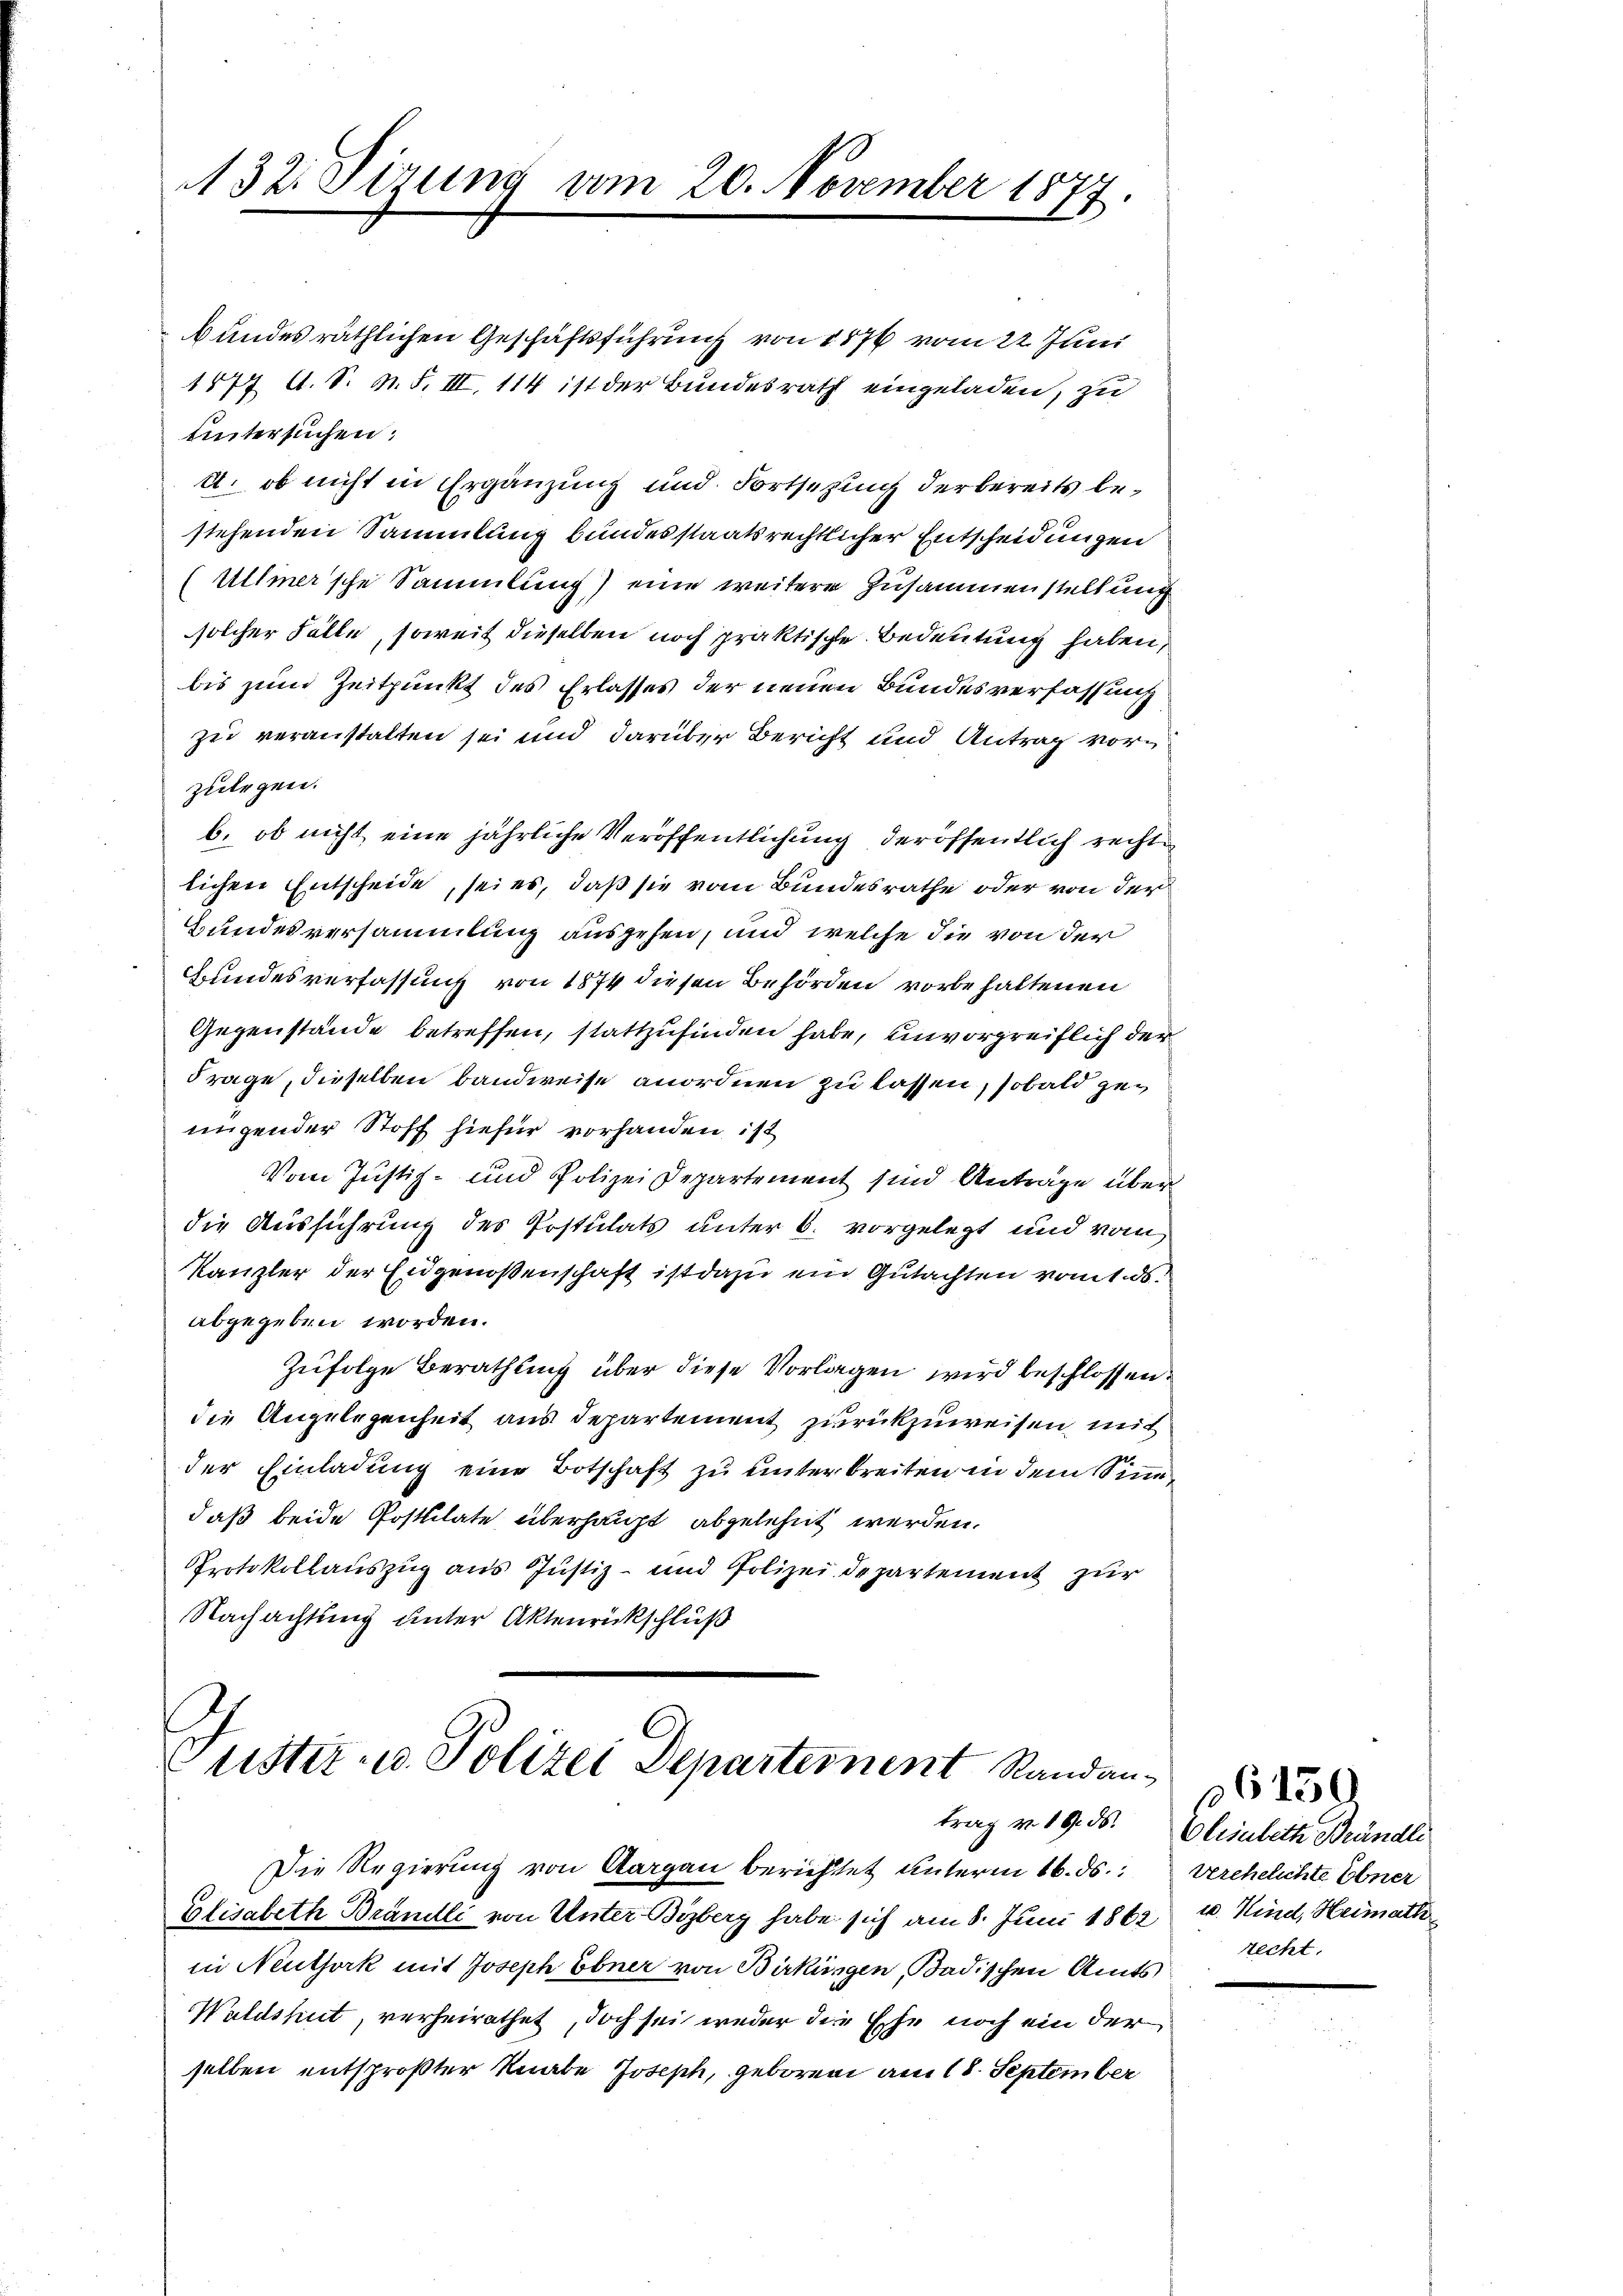
A32. Firung vom 20. November 1877

bundes räthlichen Geschäftsführung von 1876 vom 22. Juni
1877 A. S. m. F. III. 114 ist der Bundesrath eingeladen, zu
untersuchen:
2. ob nicht in Ergänzung und Fortsetzung der bereits bestehenden Sammlung bundesstaatsrechtlicher Entscheidungen
Ullmer'sche Sammlung) eine weitere Zusammenstellung
solcher Fälle, soweit dieselben noch praktische Bedeutung haben,
bis zum Zeitpunkt des Erlasses der neuen Bundesverfassung
zu veranstalten sei und darüber Bericht und Antrag vorzulegen.
b. ob nicht eine jährliche Veröffentlichung der öffentlich rechte
lichen Entscheide, sei es, daß sie vom Bundesrathe oder von der
Bundesversammlung auszehen, und welche die von der
Grundesverfassung von 1874 diesen Behörden vorbehaltenen
Gegenstände betreffen, stattzufinden habe, unvorgreiflich der
Frage, dieselben bandweise anordnen zu lassen, sobald zur
nigender Stoff hiefür vorhanden ist
Vom Justiz- und Polizei Departement sind Anträge über
die Ausführung des Postulats unter 6. vorgelegt und vom
Kanzler der Eidgenoßenschaft ist dazu ein Gutachten vom 1. ds.
abgegeben worden.
Zufolge Berathung über diese Vorlagen wird beschlossen:
die Angelegenheit aus Departement zurückzuweisen, mit
der Einladung eine Botschaft zu unterbreiten in dem Sindaß beide Posttilate überhaupt abgelehnt werden.
Protokollauszug aus Justiz- und Polizei departement zur
Nachachtung unter Aktenrückschluß

Justiz- u. Polizei Departement Randan¬
Die Regierung von Aargau berichtet unterm 16. ds. verehelichte Ebner
Elisabeth Brändli von Unter Byzberg habe sich am 8. Juni 1862

in Neuthork mit Joseph Ebner von Birkungen, Badischen Amts
Waldshut, verheirathet, doch sei weder die Ehe noch ein der
selben entsproßter Knabe Joseph, geboren am 18. September

trag v. 19. ds. Elisabeth Brändli
u. Kind, Heimath
recht.

p6150